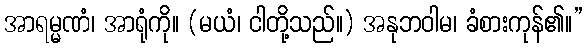
အာရမ္မဏံ၊ အာရုံကို။ (မယံ၊ ငါတို့သည်။) အနုဘဝါမ၊ ခံစားကုန်၏။”